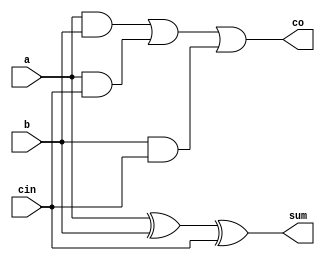
`timescale 1ns / 1ps

module add1x1(
  input a,
  input b,
  input cin,
  output sum,
  output co);

  xor g1(sum,a,b,cin);
  and g2(i,a,b);
  and g3(j,a,cin);
  and g4(k,b,cin);
  or g5(co,i,j,k);

endmodule